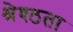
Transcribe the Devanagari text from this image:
श्रेश्ठता